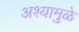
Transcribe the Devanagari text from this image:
अश्यामुळे